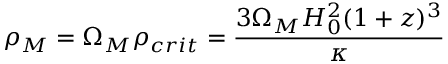
\rho _ { M } = \Omega _ { M } \rho _ { c r i t } = \frac { 3 \Omega _ { M } H _ { 0 } ^ { 2 } ( 1 + z ) ^ { 3 } } { \kappa }